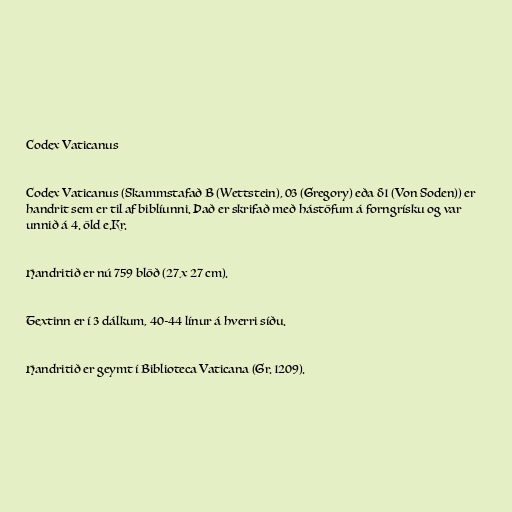
Codex Vaticanus

Codex Vaticanus (Skammstafað B (Wettstein), 03 (Gregory) eða δ1 (Von Soden)) er
handrit sem er til af biblíunni. Það er skrifað með hástöfum á forngrísku og var
unnið á 4. öld e.Kr.

Handritið er nú 759 blöð (27 x 27 cm).

Textinn er í 3 dálkum, 40-44 línur á hverri síðu.

Handritið er geymt í Biblioteca Vaticana (Gr. 1209).